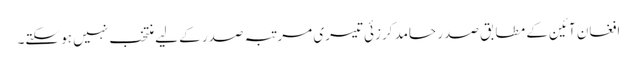
افغان آئین کے مطابق صدر حامد کرزئی تیسری مرتبہ صدر کے لیے منتخب نہیں ہو سکتے۔